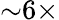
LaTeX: {\sim}6\times